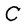
Character: C